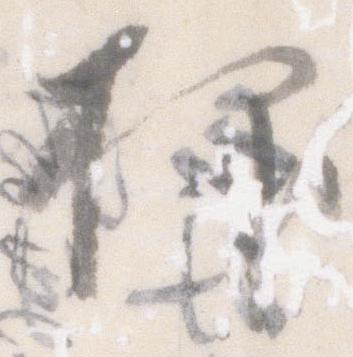
抑